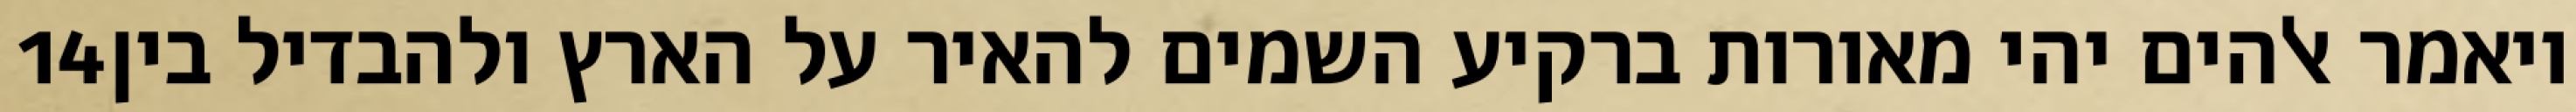
‎14‏ ויאמר אלהים יהי מאורות ברקיע השמים להאיר על הארץ ולהבדיל בין